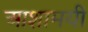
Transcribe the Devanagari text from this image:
आशामयी